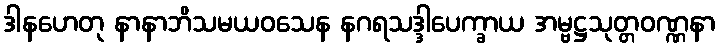
ဒါနဟေတု နာနာဘိသမယဝသေန နဂရသဒ္ဒါပေက္ခာယ အမ္ဗဋ္ဌသုတ္တဝဏ္ဏနာ